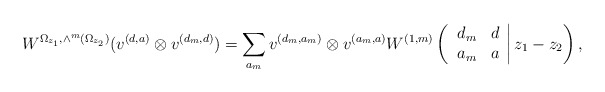
\begin{align*}W^{\Omega_{z_1}, \wedge^m (\Omega_{z_2})}(v^{(d,a)}\otimes v^{(d_m , d)})=\sum_{a_m} v^{(d_m, a_m)}\otimes v^{(a_m , a)}W^{(1,m)}\left( \left. \begin{array}{cc} d_m & d \\ a_m & a \end{array} \right| z_1 -z_2 \right),\end{align*}